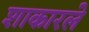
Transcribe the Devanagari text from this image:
शाकारले